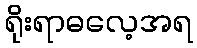
ရိုးရာဓလေ့အရ